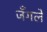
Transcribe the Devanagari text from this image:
जँगले